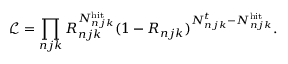
\mathcal { L } = \prod _ { n j k } { R _ { n j k } ^ { N _ { n j k } ^ { \mathrm { h i t } } } ( 1 - R _ { n j k } ) ^ { N _ { n j k } ^ { t } - N _ { n j k } ^ { \mathrm { h i t } } } } .